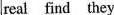
real find they